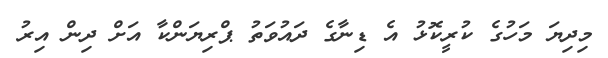
މިދިޔަ މަހުގެ ކުރީކޮޅު އެ ޑިނާގެ ދައުވަތު ޕްރިޔަންކާ އަށް ދިން އިރު